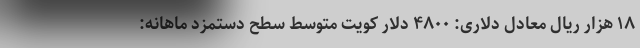
۱۸ هزار ریال معادل دلاری: ۴۸۰۰ دلار کویت متوسط سطح دستمزد ماهانه: